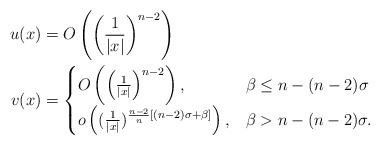
\begin{align*} u(x)&=O\left( \left(\frac{1}{|x|}\right)^{n-2}\right)\\ v(x)&= \begin{cases} O\left( \left(\frac{1}{|x|}\right)^{n-2}\right), &\beta\leq n-(n-2)\sigma\\ o\left( (\frac{1}{|x|})^{\frac{n-2}{n}[(n-2)\sigma+\beta]} \right), &\beta>n-(n-2)\sigma. \end{cases} \end{align*}